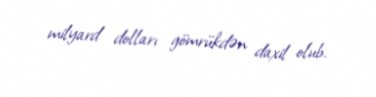
milyard dolları gömrükdən daxil olub.